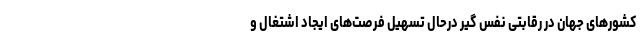
کشورهای جهان در رقابتی نفس گیر درحال تسهیل فرصت‌های ایجاد اشتغال و